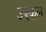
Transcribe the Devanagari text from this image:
उपकल